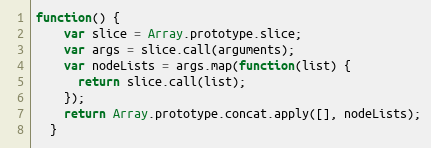
Language: JavaScript
function() {
    var slice = Array.prototype.slice;
    var args = slice.call(arguments);
    var nodeLists = args.map(function(list) {
      return slice.call(list);
    });
    return Array.prototype.concat.apply([], nodeLists);
  }